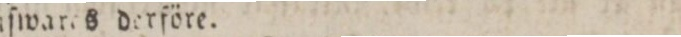
anſwares derföre.